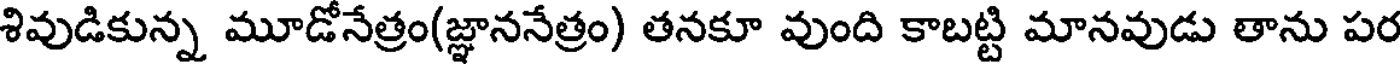
శివుడికున్న మూడోనేత్రం(జ్ఞాననేత్రం) తనకూ వుంది కాబట్టి మానవుడు తాను పర